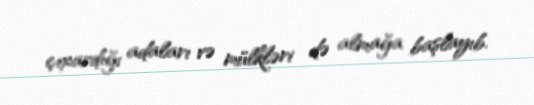
çıxardığı adaları və mülkləri də almağa başlayıb.